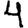
Digit: 4